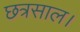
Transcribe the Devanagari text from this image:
छत्रसाल।